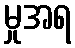
မှုအရ